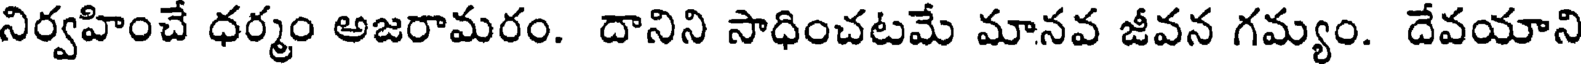
నిర్వహించే ధర్మం అజరామరం. దానిని సాధించటమే మానవ జీవన గమ్యం. దేవయాని